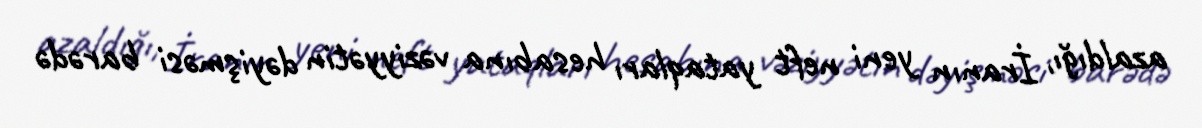
azaldığı, İranın yeni neft yataqları hesabına vəziyyətin dəyişməsi barədə